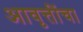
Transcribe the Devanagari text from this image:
आवृत्तींचा